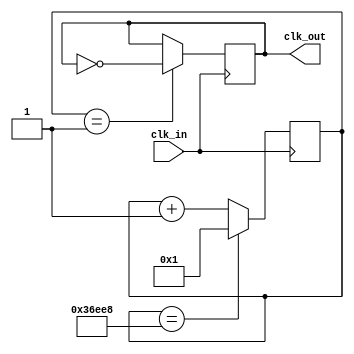
module thirty_fps_clock (clk_in, clk_out);
	input clk_in;
	output clk_out;
	
reg[20:0] clkDivider = 225000;
reg[20:0] counter;

always @(posedge clk_in)
	if(counter == clkDivider)
		counter <= 1;
	else counter <= counter + 1;
	
reg clk_out;
always @(posedge clk_in)
	if(counter == 1)
		clk_out <= ~clk_out;

endmodule